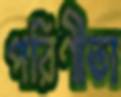
পরিণীতা